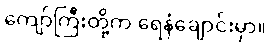
ကျော်ကြီးတို့က ရေနံချောင်းမှာ။